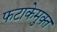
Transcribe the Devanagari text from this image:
फटाकेमुक्त